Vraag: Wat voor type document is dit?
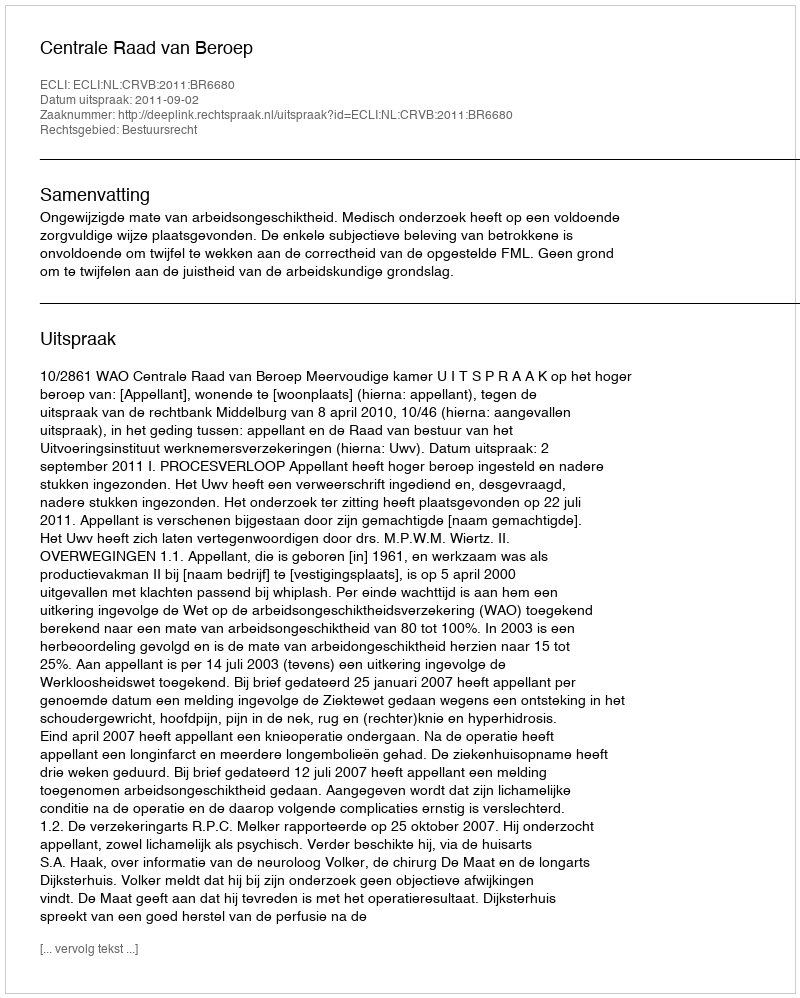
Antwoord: Uitspraak